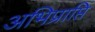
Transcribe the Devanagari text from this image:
अभिप्राप्ति